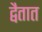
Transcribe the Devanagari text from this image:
द्वैतात